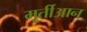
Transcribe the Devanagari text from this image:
मूर्तीआन